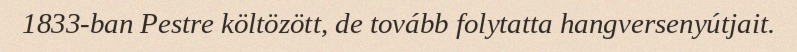
1833-ban Pestre költözött, de tovább folytatta hangversenyútjait.